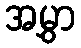
အမွှာ